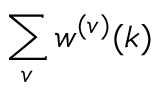
\sum _ { v } w ^ { ( v ) } ( k )